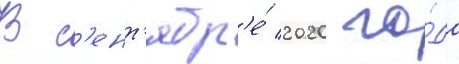
В с'ент'ябр'е́ 2020 го́да